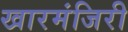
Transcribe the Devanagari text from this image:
खारमंजिरी